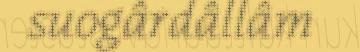
suogârdâllâm